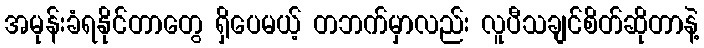
အမုန်းခံရနိုင်တာတွေ ရှိပေမယ့် တဘက်မှာလည်း လူပီသချင်စိတ်ဆိုတာနဲ့